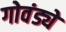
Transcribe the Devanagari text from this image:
गोवंड्ये